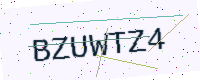
Text: BZUWTZ4